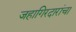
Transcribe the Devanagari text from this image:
जहागिरदारांचा